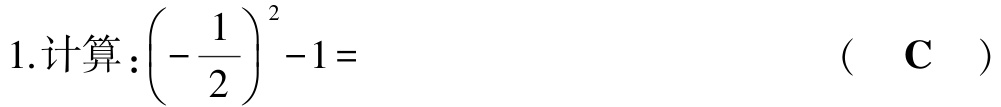
1.计算：$\left(-\dfrac{1}{2}\right)^{2}-1=$ （ C ）